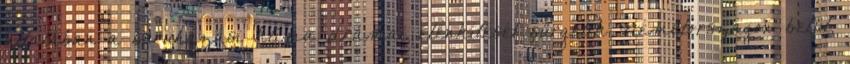
általában a beruházási klíma drámai élénkítését sürgetik Németországon belül.